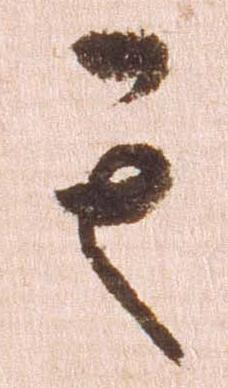
其